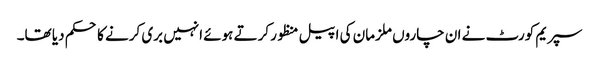
سپریم کورٹ نے ان چاروں ملزمان کی اپیل منظور کرتے ہوئے انہیں بری کرنے کا حکم دیا تھا۔